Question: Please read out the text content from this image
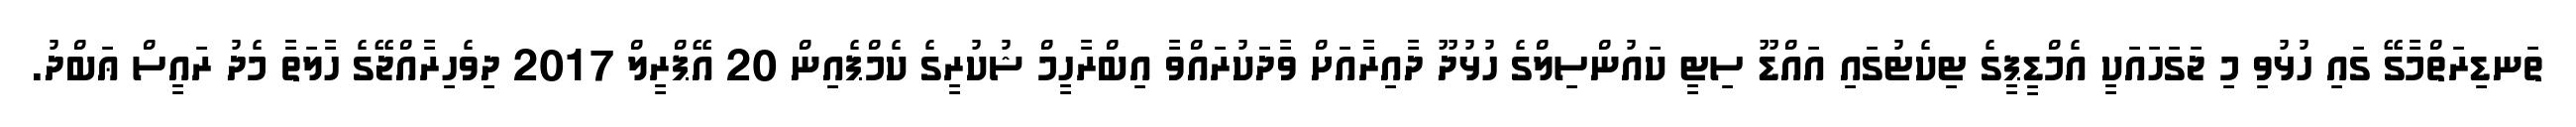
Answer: ތަނޑިރަތްމާގޭ ގައި ހުޅުވި މި ޖަގަހައަކީ އެމްޑީޕީގެ ޓިކެޓުގައި އައްޑޫ ސިޓީ ކައުންސިލްގެ ހުޅުދޫ ދާއިރާއަށް ވާދަކުރައްވާ އިބްރާހީމް ޝުކުރީގެ ކެމްޕެއިން 20 އޭޕްރީލް 2017 ދިވެހިރާއްޖޭގެ ހާލަތާ މެދު ރައީސް ޢަބްދު.